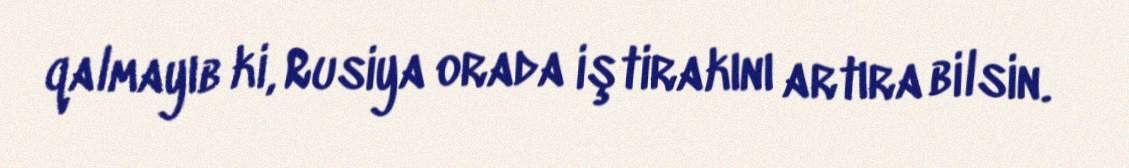
qalmayıb ki, Rusiya orada iştirakını artıra bilsin.